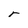
Character: r